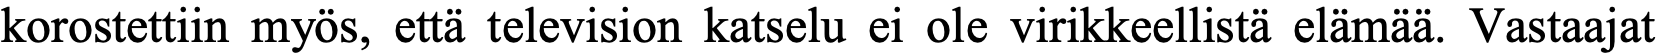
korostettiin myös, että television katselu ei ole virikkeellistä elämää. Vastaajat